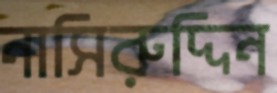
নাসিরুদ্দিন